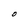
Character: O